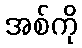
အစ်ကို